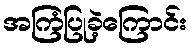
အကြံပြုခဲ့ကြောင်း